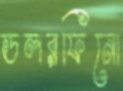
ডলরফিনো